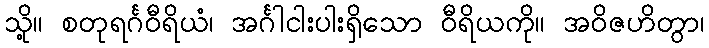
သို့။ စတုရင်္ဂဝီရိယံ၊ အင်္ဂါငါးပါးရှိသော ဝီရိယကို။ အဝိဇဟိတွာ၊